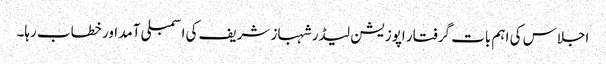
اجلاس کی اہم بات گرفتار اپوزیشن لیڈر شہباز شریف کی اسمبلی آمد اور خطاب رہا۔